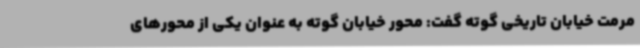
مرمت خیابان تاریخی گوته گفت: محور خیابان گوته به عنوان یکی از محورهای